Cholera in southern India
Disease focus: Cholera
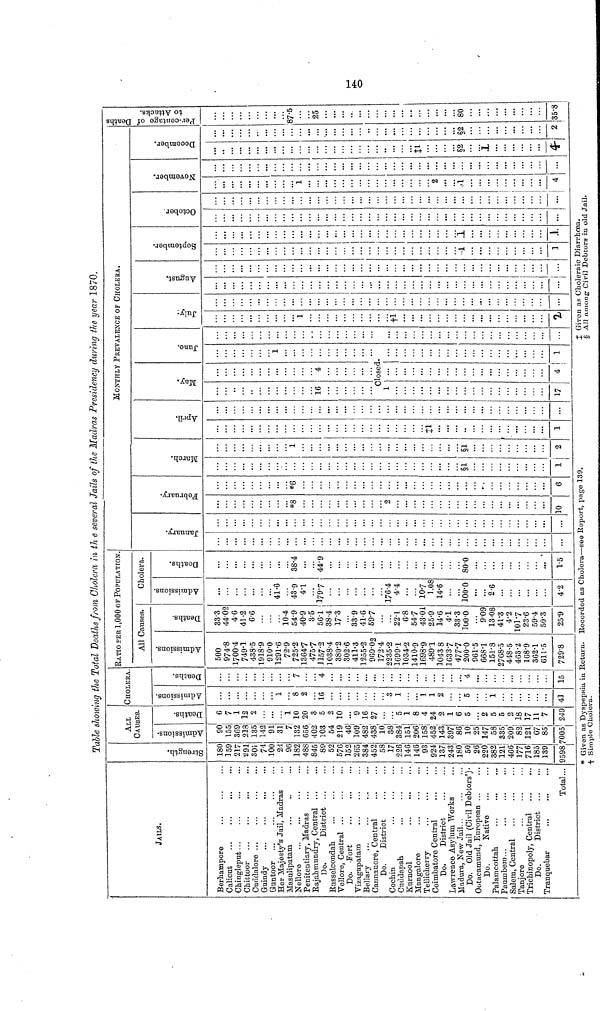
140
Table showing the Total Deaths from Cholera in the several Jails of the Madras Presidency during the year 1870
JAILS.
Berhampore
Calicut
Chingleput
Chittoor
Cuddalore ...
Guindy
Guntoor
Her Majesty's Jail, Madras
Masulipatam
Nellore
...
Penitentiary, Madras
Rajahmundry, Central ...
Do.
District
Russelcondah
Vellore, Central
Do. -Fort
Vizagapatam
Bellary
Cannanore, Central
Do,
District
Cochin
Cuddapah
Kurnool
... ...
Mangalore
Tellicherry
Coimbatore Central
Do.
District
Lawrence Asylum Works
Madura, New Jail...
Do. Old Jail (Civil Debtors')-
Ootacamund, European ...
Do.
Native
Palamcottah
Paumbem...
...
Salem, Central
Tanjore
Trichinopoly, Central
Do.
District
Tranquebar
Total...
Strength.
. 180
. 159
217
291
305
74
100
21
96
182
488
845
89
52
576
152
285
384;
452
58
17
226
146|
146
93
924
137
243
180
50
26
220
382
121¡
466'
177
716
185
139
9598
ALL CAUSES
Admissions.
90
155
369
213
135
142
91
31
7
132
656
402
103
54
219
46!
100'
482"
438
10
38
384
151
206
158;
452
143
397
86
10
25
147
58
335
209
82Î
121
67
85
005
Deaths.
e
7
1
12
2
1
10
20
3
5
2
10
9
16
27
5
1
8
4
24
2
1
6
5
2
5
5
2
18
17
11
7
249
CHOLERA
Admissions.
1
8
2
16
3
1
1
1
2
S
1
41
Deaths.
7
4
4
...
15
RATIO PER 1,000 OF POPULATION.
All Causes
Admissions.
500
974.8
1700.4
749.1
438.5
1918.9
910.0
1291.6
72.9
725.2
1364.7
475.7
1157.2
1038.4
380.2
302.6
411.3
1255.2
969.02
172.4
2235.2
1699.1
1034.2
1410.9
1698.9
4891
1043 8
1633.7
477.7
200.0
961-5
668.1
151.8
2768.5
448.5
463.2
168.9
362.1
611.5
729.8
Deaths.
33.3
44.02
4.6
41.2
6.6
10.4
54.9
40.9
3.5
56.1
38.4
17.3
33.9
41.6
59.7
22.1
6.8
54.7
43.01
25.9
14.6
4.1
33.3
100.0
9.09
13.08
41.3
4.2
101.7
23.6
59.4
50.3
25.9
Cholera
Admissions.
41.6
43.9
4.1
179.7
176.4
4.4
10.7
1.08
14.6
100.0
2.6
4.2
Deaths.
38.4
44.9
...
80.0
1.5
MONTHLY PREVALENCE OF CHOLERA
January.
...
February.
*8
2
0
*6
6
March.
§1
1
§1
...
2
••
April.
‡1
1
May.
16
C
1
17
4
losed
...
4
June.
1
1
July.
!
fi
%
August.September.
...
-i
1
...
.1
1
October.
...
... |
November.
1
2
1
4
December.
‡1
.1
4
...
§2
2
Per-centage of Deaths to Attacks
87.5
25
...
80
35.8
* Given as Dyspepsia in Return. Rocorded as Cholora—see Report, page 139.
† Simple Cholera.
‡ Given as Choleraic Diarrhæa.
§ All among Civil Debtors in old Jail.